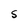
Character: S